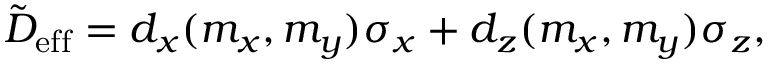
\begin{array} { r } { \tilde { D } _ { \mathrm { e f f } } = d _ { x } ( m _ { x } , m _ { y } ) \sigma _ { x } + d _ { z } ( m _ { x } , m _ { y } ) \sigma _ { z } , } \end{array}